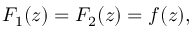
F _ { 1 } ( z ) = F _ { 2 } ( z ) = f ( z ) ,